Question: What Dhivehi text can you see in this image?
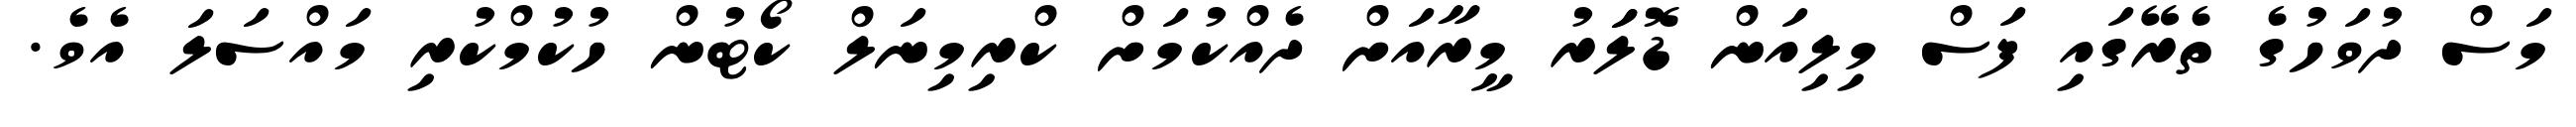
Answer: މަސް ދުވަހުގެ ތެރޭގައި ފަސް މިލިއަން ޑޮލަަރު މީރާއަށް ދެއްކުމަށް ކްރިމިނަލް ކޯޓުން ހުކުމްކުރި މައްސަލަ އެވެ.